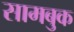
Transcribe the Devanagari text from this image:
सामबुक